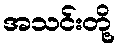
အသင်းတို့